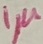
Text: 1µ